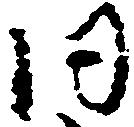
同